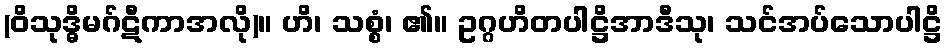
(ဝိသုဒ္ဓိမဂ်ဋီကာအလို)။ ဟိ၊ သစ္စံ၊ ၏။ ဥဂ္ဂဟိတပါဋ္ဌိအာဒီသု၊ သင်အပ်သောပါဋ္ဌိ